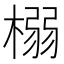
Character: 榒